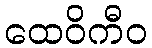
ထေဝိကီဝ